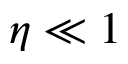
\eta \ll 1